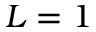
L = 1